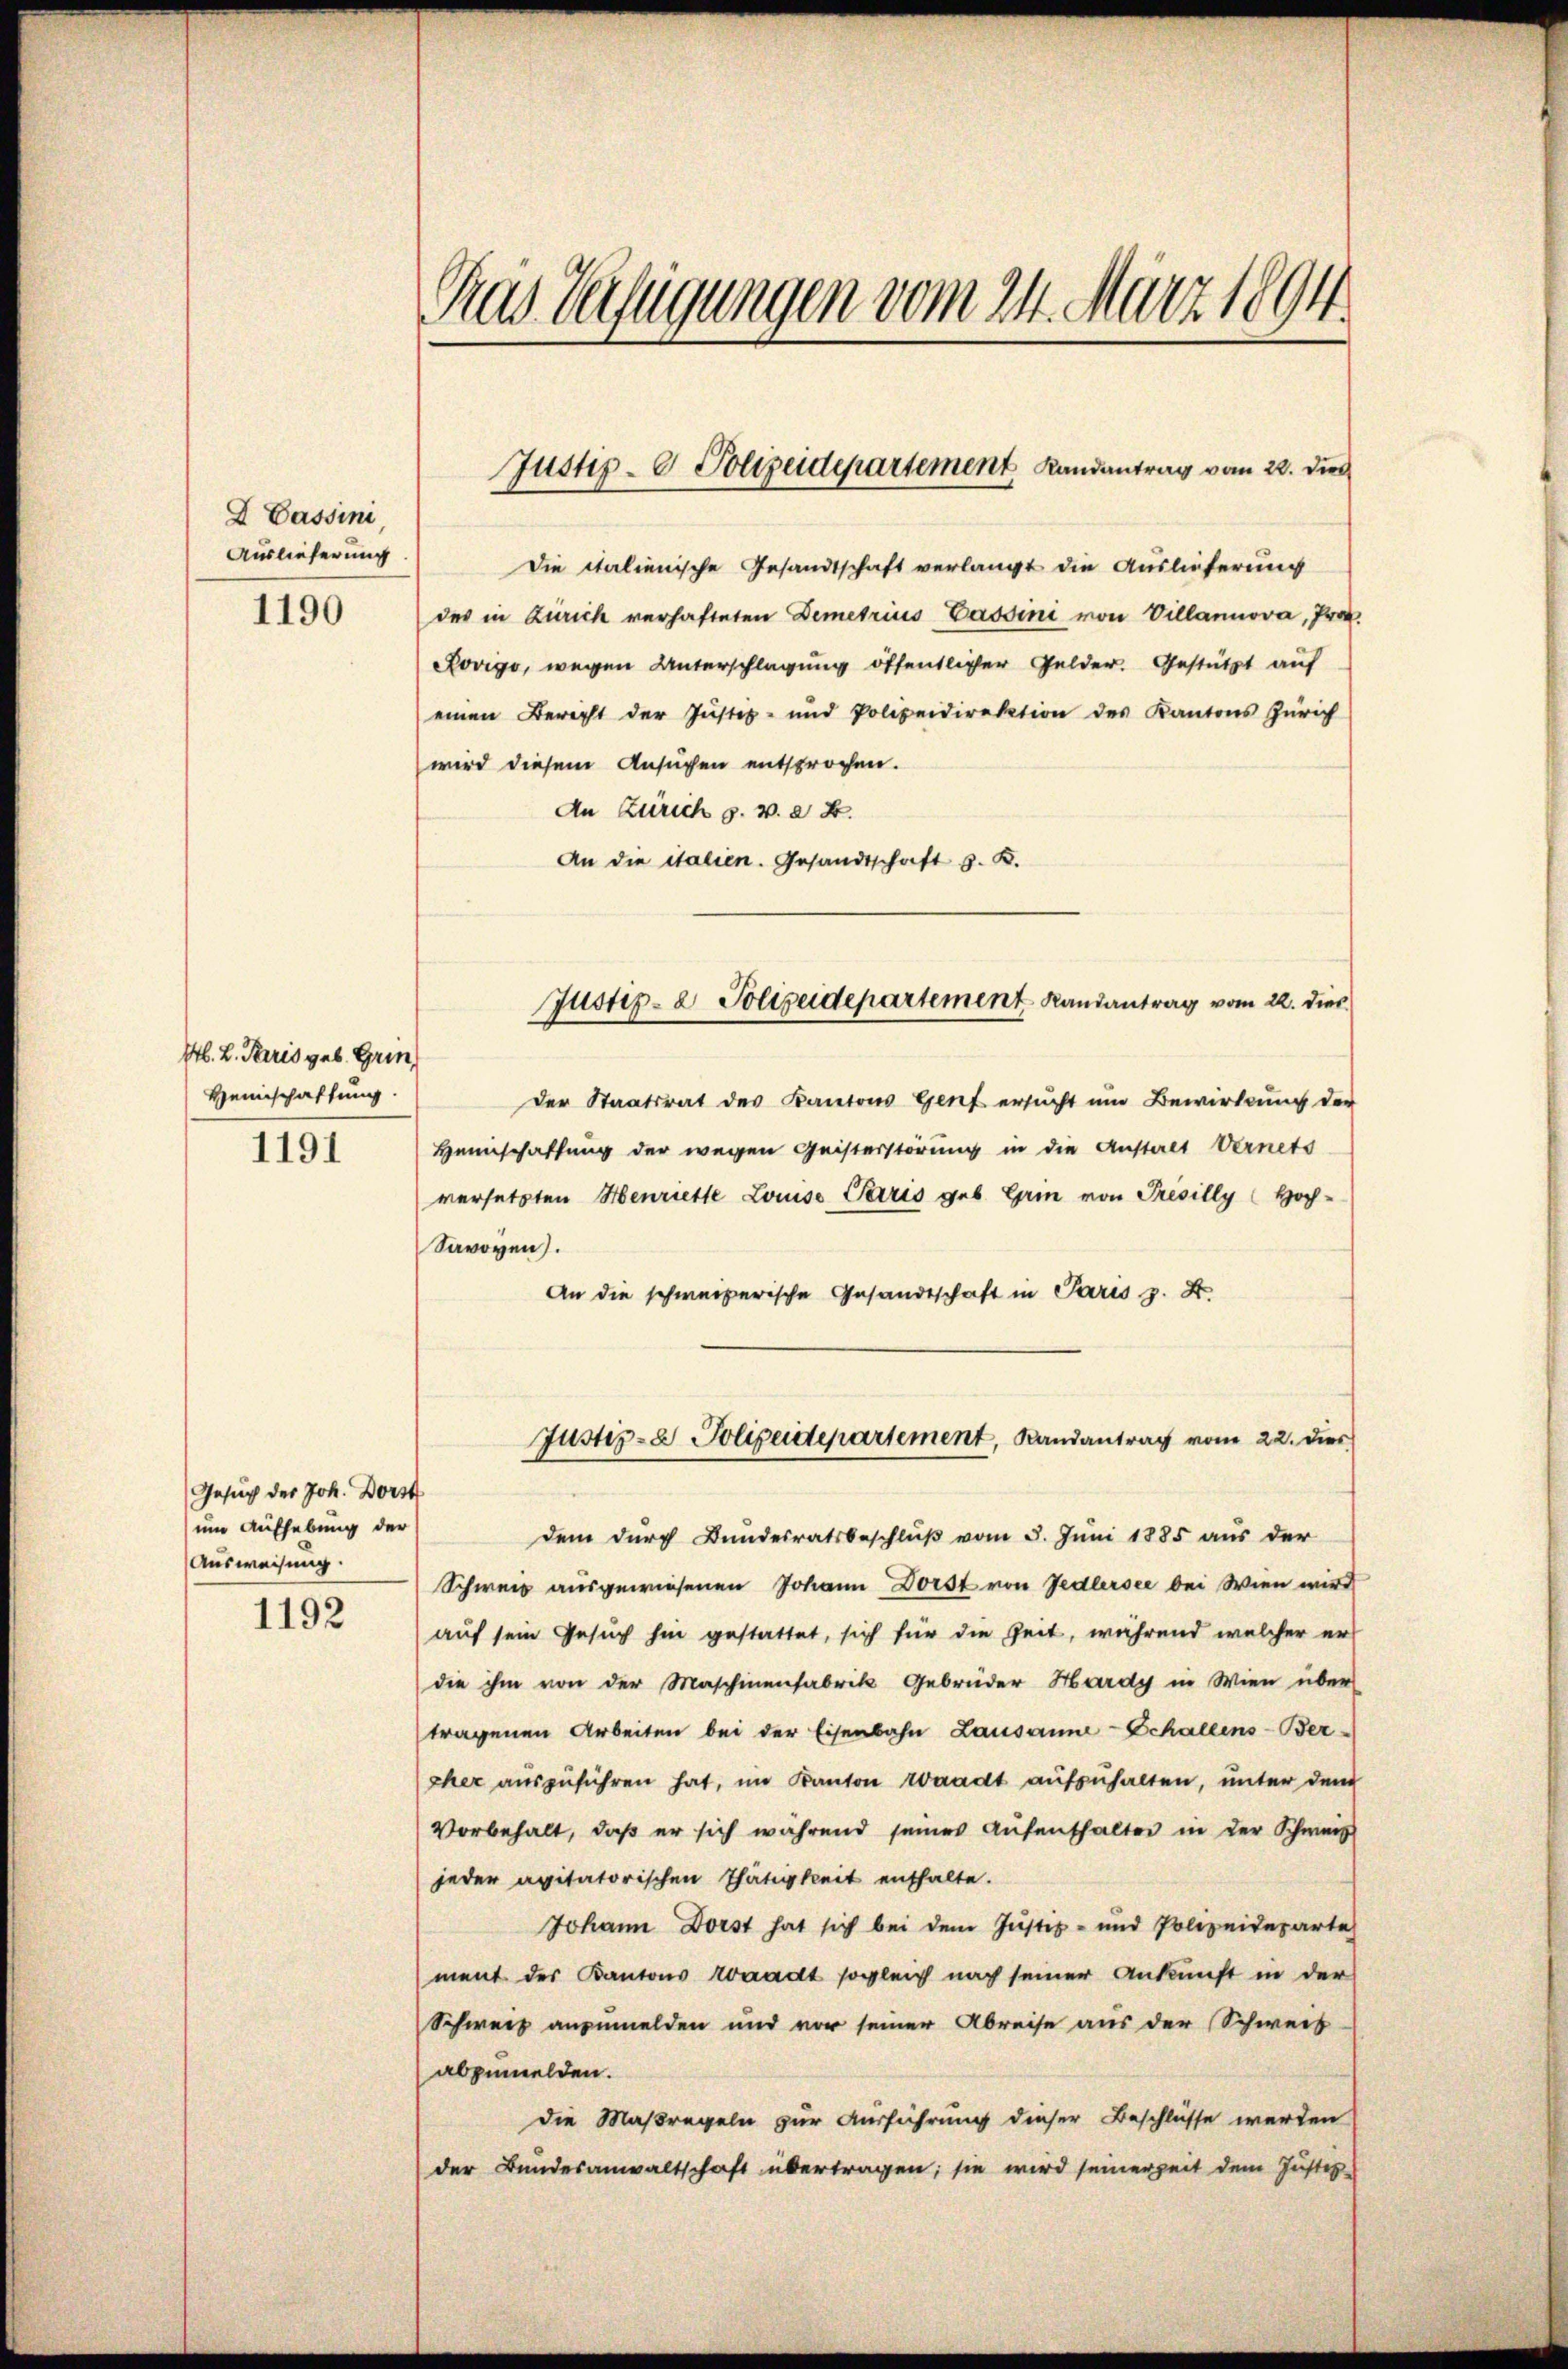
I Cassini
Auslieferung
1190

Al. 2. Paris geb. Grin
Heimschaffung.
1191

Gesuch des Joh. Dorst
um Aufhebung der
Ausweisung.
1192

Gras Verfügungen vom 24. März 1894.

Die Italienische Gesandtschaft verlangt die Auslieferung
des in Zürich verhafteten Demetrius Cassini von Villannova, Prof.
Rovigo, wegen Unterschlagung öffentlicher Gelder. Gestützt auf
einen Bericht der Justiz- und Polizeidirektion des Kantons Zürich
wird diesem Ansuchen entsprochen.
An Zürich p. v. 24.
An die italien. Gesandtschaft z. B.
der Staatsrat des Kantons Genf ersucht um Bewirkung der
Heimschaffung der wegen Geisterstörung in die Anstalt Vernets
versetzten Henriette Louiso Paris geb. Grin von Présilly Hoch-
Savoyen.
An die schweizerische Gesandtschaft in Paris z. X.
Justiz- & Polizeidepartement, Randantrag vom 22. dies
dem durch Bundesratsbeschlŭβ vom 3. Juni 1885 aus der
Schweiz ausgewiesenen Johann Dorst von Fedlersee bei Wien wird
auf sein Gesuch hin gestattet, sich für die Zeit, während welcher er
die ihm von der Maschinenfabrik Gebrüder Hardy in Wien über
tragenen Arbeiten bei der Eisenbahn Lausanne-Schallens-Ber-
cher auszuführen hat, im Kanton Waadt aufzuhalten, unter dem
Vorbehalt, daß er sich während seines Aufenthalter in der Schweiz
jeder apitatorischen Thätigkeit enthalte.
Johann Dorst hat sich bei dem Justiz- und Polizeideparte
ment des Kantons Conradt sogleich nach seiner Ankunft in der
Schweiz anzumelden und vor seiner Abreise aus der Schweis
abzumelden.
die Maßregeln zur Ausführung dieser Beschlüsse werden
der Bandesanwaltschaft übertragen; sie wird seinerzeit dem Justiz-

Justiz- & Polizeidepartement Randantrag vom 22. dies

Justiz- & Polizeidepartement Randantrag vom 22. dies